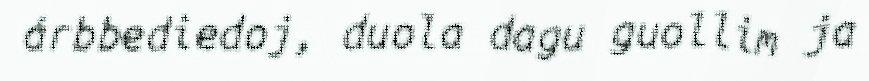
árbbediedoj, duola dagu guollim ja